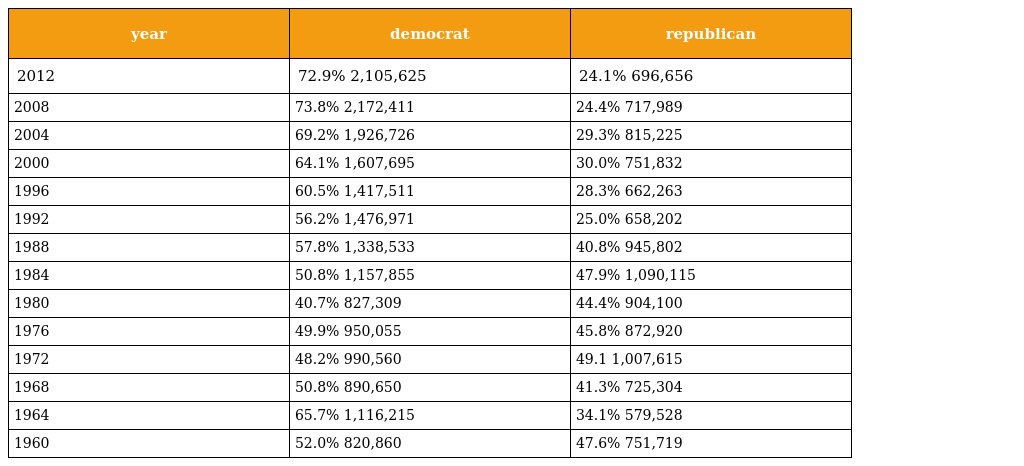
| year | democrat | republican |
 | --- | --- | --- |
 | 2012 | 72.9% 2,105,625 | 24.1% 696,656 |
 | 2008 | 73.8% 2,172,411 | 24.4% 717,989 |
 | 2004 | 69.2% 1,926,726 | 29.3% 815,225 |
 | 2000 | 64.1% 1,607,695 | 30.0% 751,832 |
 | 1996 | 60.5% 1,417,511 | 28.3% 662,263 |
 | 1992 | 56.2% 1,476,971 | 25.0% 658,202 |
 | 1988 | 57.8% 1,338,533 | 40.8% 945,802 |
 | 1984 | 50.8% 1,157,855 | 47.9% 1,090,115 |
 | 1980 | 40.7% 827,309 | 44.4% 904,100 |
 | 1976 | 49.9% 950,055 | 45.8% 872,920 |
 | 1972 | 48.2% 990,560 | 49.1 1,007,615 |
 | 1968 | 50.8% 890,650 | 41.3% 725,304 |
 | 1964 | 65.7% 1,116,215 | 34.1% 579,528 |
 | 1960 | 52.0% 820,860 | 47.6% 751,719 |